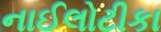
નાઈલોટીકા